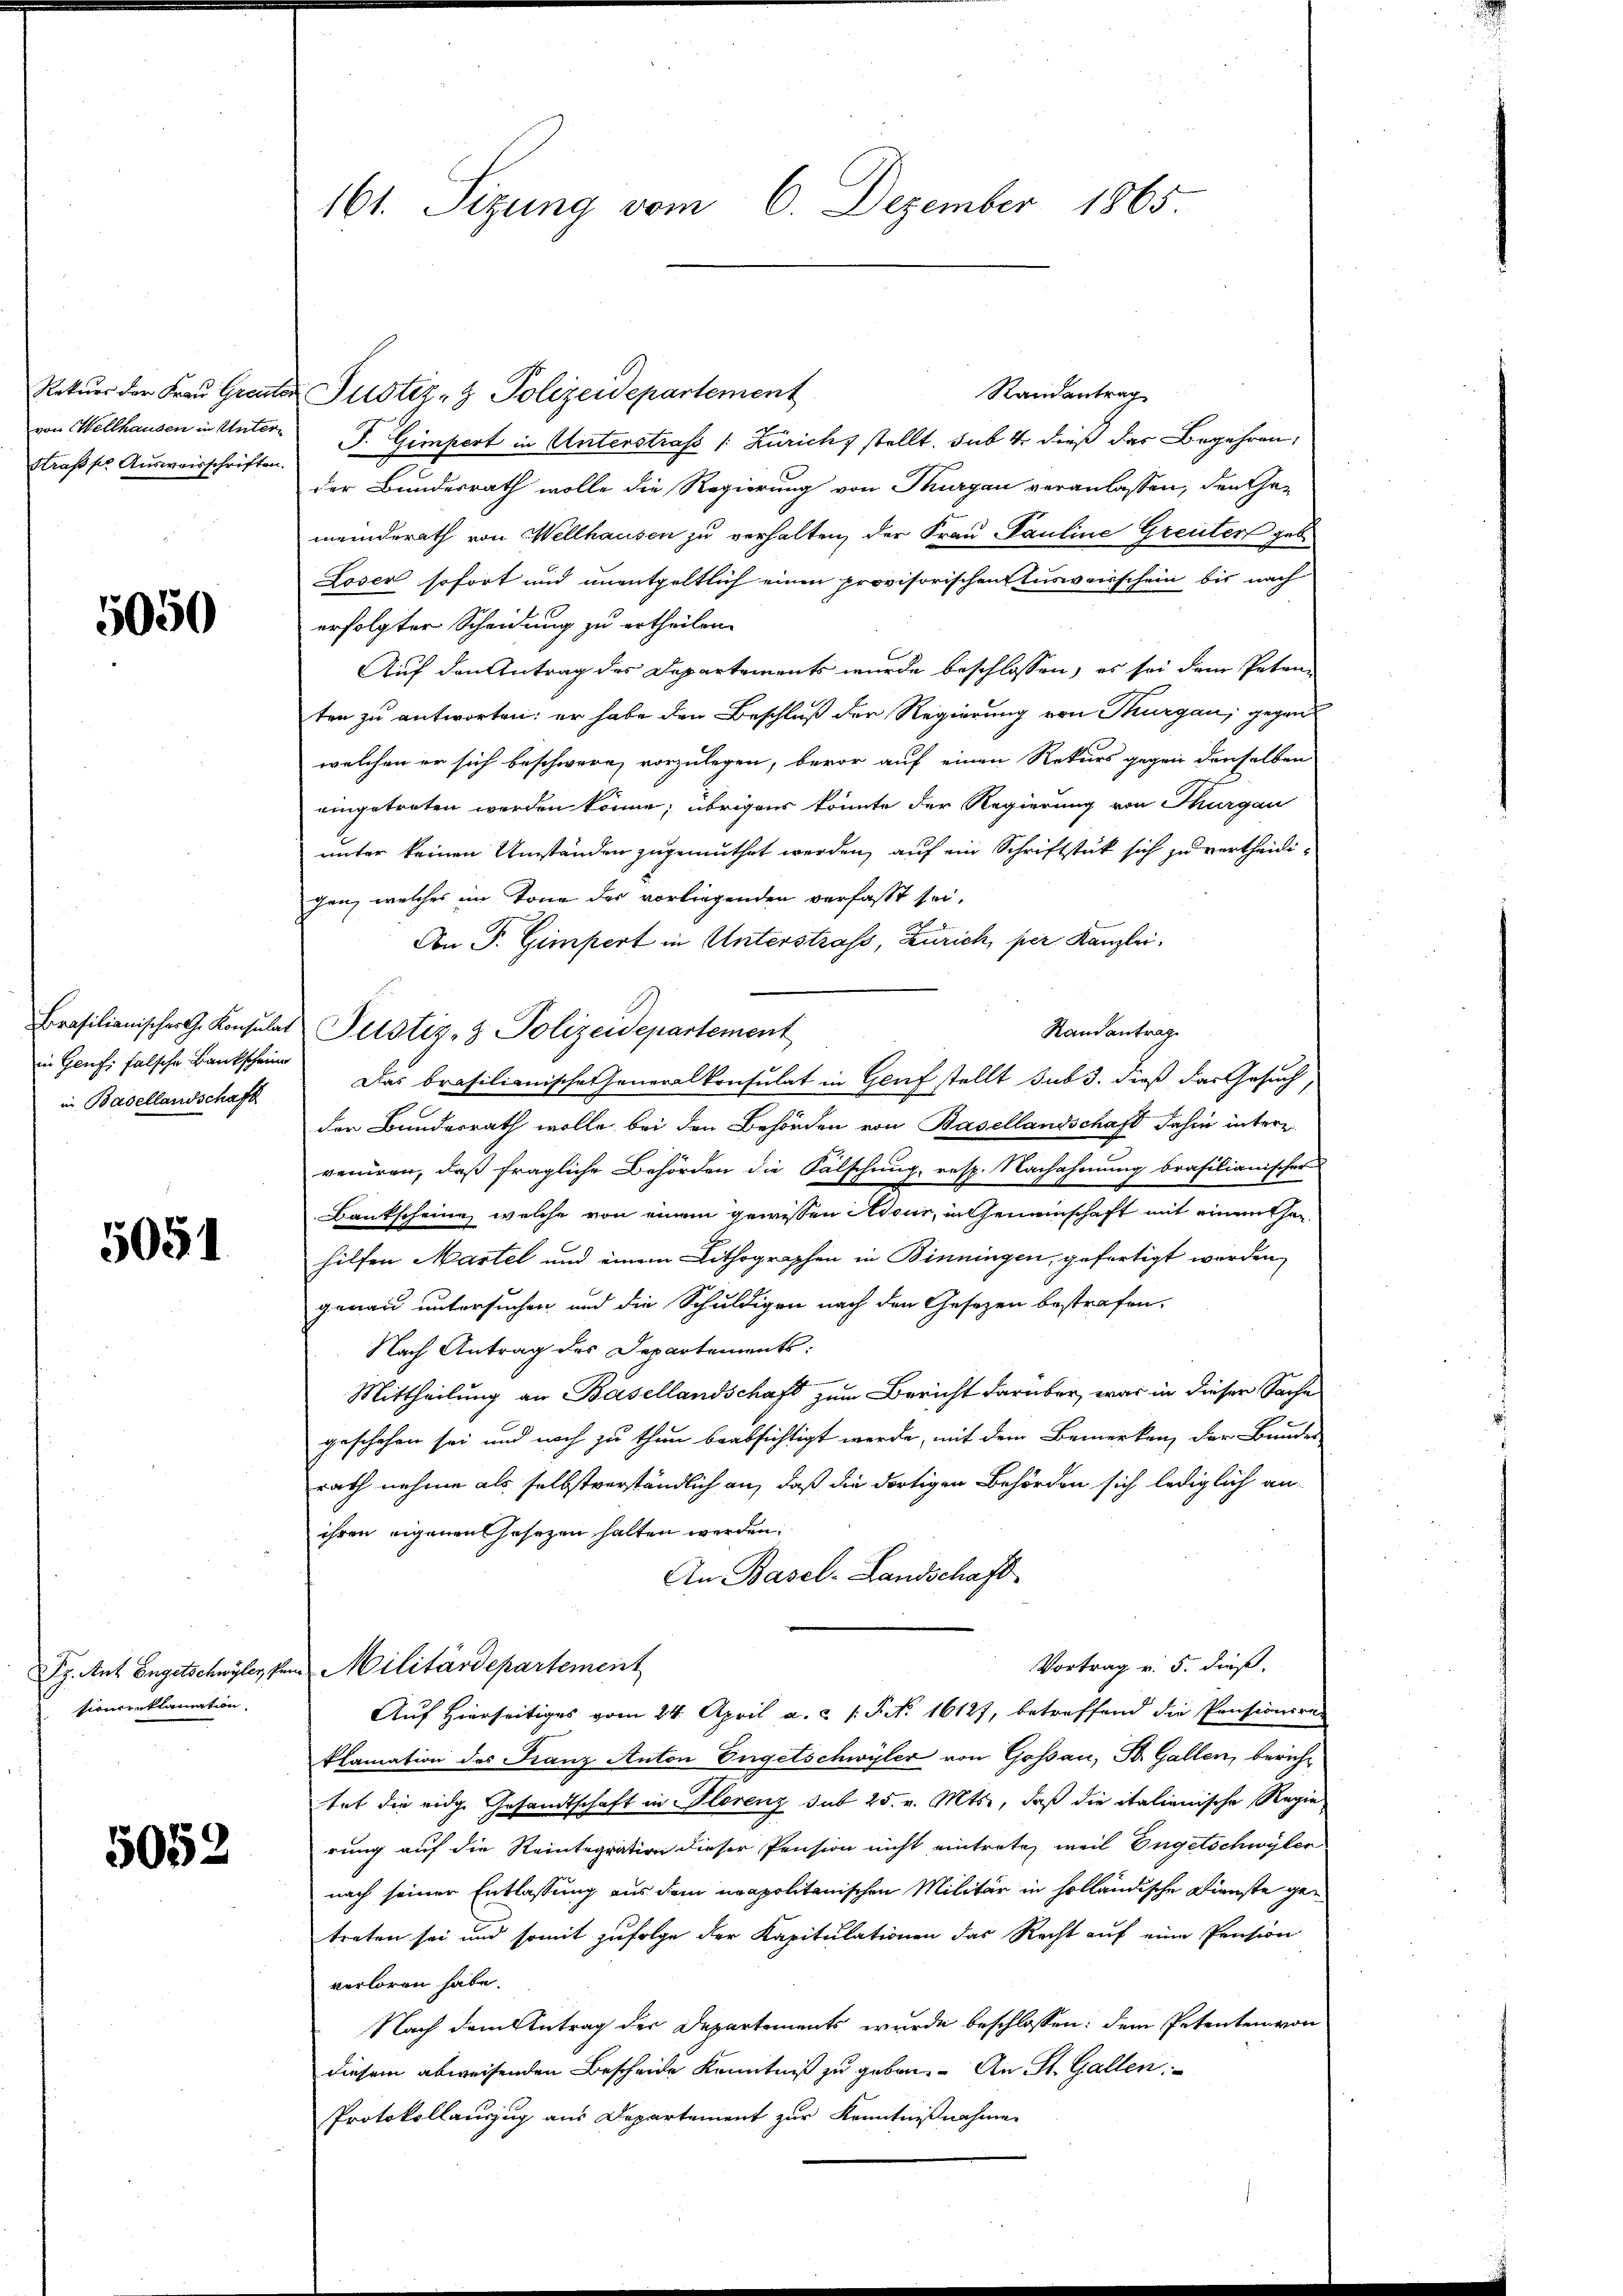
Straß pr Ausweisschriften.

5050

in Genf; falsche Bankscheiner
in Basellandschaft

5051

sconcreklamation.

5052

Randantrag
Rekŭrr der Frau Greute Justiz- & Polizeidepartement
von Wellhausen in Unter- P. Gimpert in Unterstrafs /: Zürich stellt. sub 4 dieß das Begehren,
der Bundesrath wolle die Regierung von Thurgau veranlassen, den Gemeinderath von Wellhausen zu verhalten, der Frau Pauline Greuter geb
Loser sofort und unentgeltlich einen provisorischen Ausweisschein bis nach
erfolgter Scheidung zu ertheilen.
Auf den Antrag des Departements wurde beschlossen, es sei dem Petenten zu antworten: er habe den Beschluß der Regierung von Thurgau, gegens
welchen er sich beschwere vorzulegen, bevor auf einen Rekurs gegen denselben
eingetreten werden könne; übrigens könnte der Regierung von Thurgau
unter keinen Umständen zugemuthet werden, auf ein Schriftstück sich zu vertheidigen, welches im Tone der vorliegenden verfasst sei.
An P. Gimpert in Unterstrass, Zürich, per Kanzlei,
Brasilianischer G. Konsulat Pitstiz- & Polizeidepartement
Randantrag
Das brasilianische Generalkonsulat in Genf stellt sub 3. dieß das Gesuch,
der Bundesrath wolle bei den Behörden von Basellandschaft dahin interz
reniren, daß fragliche Behörden die Fälschung, resp. Nachahmung brasilianischer
Bankscheine, welche von einem gewissen Adeur, in Gemeinschaft mit einmuthen
hilfen Martel und einem Lithographen in Binningen, gefertigt worden,
genau untersuchen und die Schuldigen nach den Gesetzen bestrafen,
Nach Antrag des Departements:
¬
Mittheilung an Basellandschaft zum Bericht darüber, was in dieser Sache
geschehen sei und noch zu thun beabsichtigt werde, mit dem Bemerken, der Bundes-
rath nehme als selbstverständlich an, daß die dortigen Behörden sich lediglich anihren eigenen Gesezen halten werden.
An Basel-Landschaft
Vortrag v. 5. dieß.
Fr. Ant. Engelschwyler, von Militärdepartement
Auf Hierseitiges vom 24. April a. c. /: P. Nr. 16127, betreffend die Pensionsran
klamation des Franz Anton Engelschwyler von Gossau, St. Gallen, berichtat die eidge Gesandtschaft in Plorenz sub 25. v. Mts., daß die italienische Regie
rung auf die Reintegration dieser Pension nicht eintrete, weil Engelschwyler
nach seiner Entlassung aus dem neapolitanischen Militär in holländische Dienste getreten sei und somit zufolge der Kapitulationen das Recht auf eine Pension
verloren habe.
Nach dem Antrag der Departements wurde beschlossen: dem Petenten von
diesem abweisenden Bescheide Kenntniß zu geben. An St. Gallen
Protokollauszug aus Departement zur Kenntnißnahme

161. Sizung vom 6. Dezember 1865